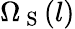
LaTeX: \Omega_{\mathrm{~S~}}({l})